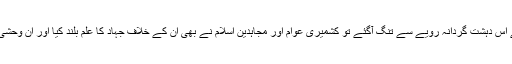
جب کشمیری مسلمان ان کے اس دہشت گردانہ رویے سے تنگ آگئے تو کشمیری عوام اور مجاہدین اسلام نے بھی ان کے خلاف جہاد کا علم بلند کیا اور ان وحشی ہندوؤں کا مقابلہ شروع کیا۔